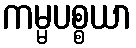
ကမ္မပစ္စယာ